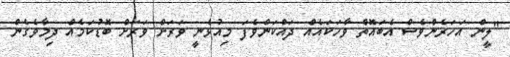
"ލީން އަހަރެންވެސް އެބައޮތް ވާހަކައެއް ދައްކަންވެފަ މިއުޅެނީ ވަރަށް ވަރަށް ބޮޑުކަމެއް ދިމާވެގެން